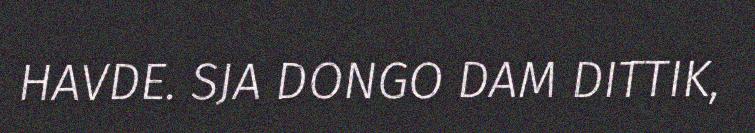
HAVDE. SJA DONGO DAM DITTIK,